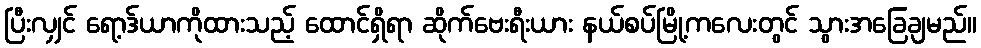
ပြီးလျှင် ရော့ဒ်ယာကိုထားသည့် ထောင်ရှိရာ ဆိုက်ဗေးရီးယား နယ်စပ်မြို့ကလေးတွင် သွားအခြေချမည်။